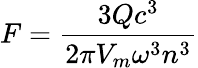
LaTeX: F=\frac{3Qc^{3}}{2\pi V_{m}\omega^{3}n^{3}}